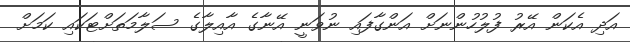
އަދި އެކަން އޭރު ފުލުހުންނަށް އަންގާފައި ނުވަނީ އޭނާގެ އާއިލާގެ ސަލާމަތަށްޓަކައި ކަމަށް